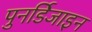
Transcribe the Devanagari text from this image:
पुनर्डिजाइन